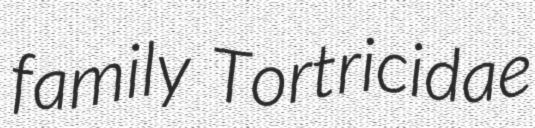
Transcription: family Tortricidae